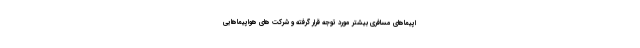
اپیماهای مسافری بیشتر مورد توجه قرار گرفته و شرکت های هواپیماهایی